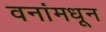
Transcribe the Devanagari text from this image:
वनांमधून